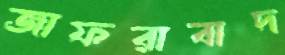
জাফরাবাদ